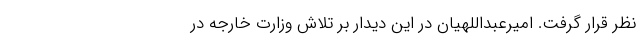
نظر قرار گرفت. امیرعبداللهیان در این دیدار بر تلاش وزارت خارجه در